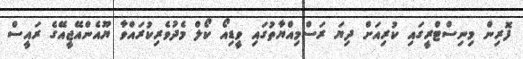
ފޮރިން މިނިސްޓްރީގައި ކުރިއަށް ދިޔަ ރަސްމިއްޔާތުގައި ވީޑިއޯ ކޯލް މެދުވެރިކުރައްވާ ޔޫއެންއޭޖީއޭގެ ރައީސް